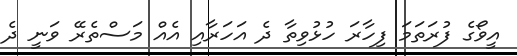
އީވޯގެ ފުރަތަމަ ފިހާރަ ހުޅުވިތާ ދެ އަހަރާއި އެއް މަސްތެރޭ ވަނީ ދެ